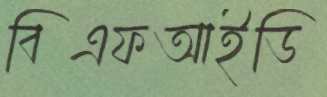
বিএফআইডি